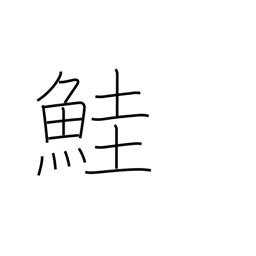
Meaning: salmon